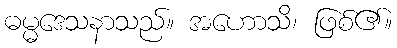
ဓမ္မဒေသနာသည်။ အဟောသိ၊ ဖြစ်၏။